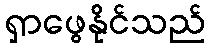
ရှာဖွေနိုင်သည်